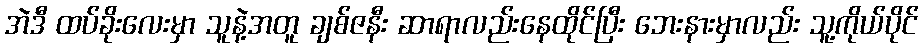
အဲဒီ ထပ်ခိုးလေးမှာ သူနဲ့အတူ ချစ်ဇနီး ဆာရာလည်းနေထိုင်ပြီး ဘေးနားမှာလည်း သူ့ကိုယ်ပိုင်